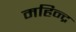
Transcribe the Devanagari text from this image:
महिन्द्र